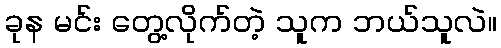
ခုန မင်း တွေ့လိုက်တဲ့ သူက ဘယ်သူလဲ။